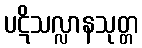
ပဋိသလ္လာနသုတ္တ